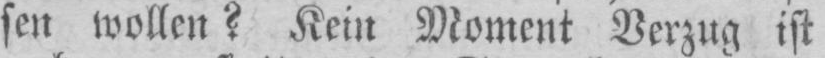
sen wollen? Kein Moment Verzug ist